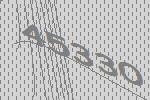
45330